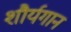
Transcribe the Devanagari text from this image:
शौर्यगान